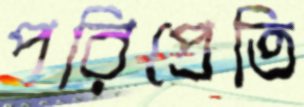
পরিপ্রেতি